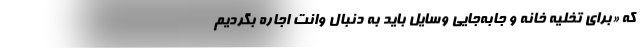
که «برای تخلیه خانه و جابه‌جایی وسایل باید به دنبال وانت اجاره بگردیم